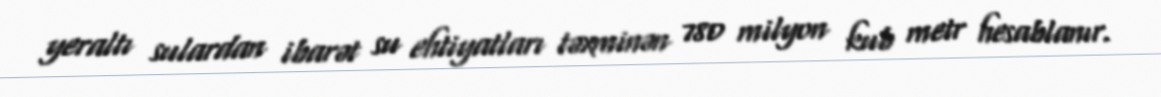
yeraltı sulardan ibarət su ehtiyatları təxminən 780 milyon kub metr hesablanır.